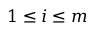
1 \le i \le m